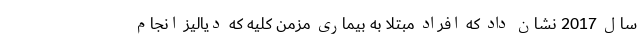
سال 2017 نشان داد که افراد مبتلا به بیماری مزمن کلیه که دیالیز انجام